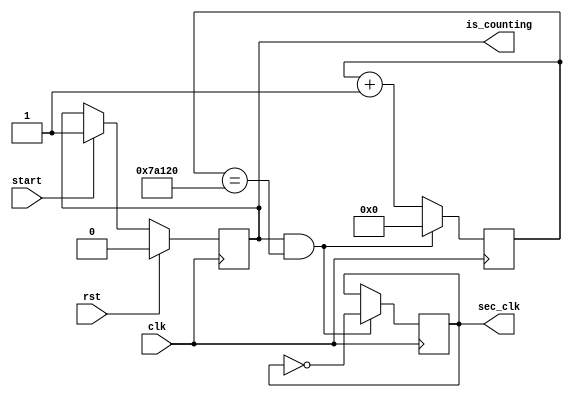
module controller_fsm 
  #(parameter             SIZE = 4)
 
  (input                 rst,
   input                 start,
   input                 clk,
	output                is_counting,
	output                sec_clk);

localparam COUNT_SIZE = 19;
	
reg                     is_counting_ff;
reg                     sec_clk_ff;
reg  [COUNT_SIZE-1:0]   count;
reg                     is_counting_nxt;

assign is_counting = is_counting_ff;
assign sec_clk = sec_clk_ff;

always @ (*)
begin
  if (rst) begin
    is_counting_nxt = 1'b0;
  end
  else if (start) begin     
    is_counting_nxt = 1'b1;
  end 
  else 
    is_counting_nxt = is_counting_ff;  
end
	
always @ (posedge clk)
  if (is_counting_ff && (count == 19'd500000)) begin
     count <= {SIZE{1'b0}};
	  is_counting_ff <= is_counting_nxt;
	  sec_clk_ff <= ~sec_clk_ff;
  end
  else begin
     count <= count + 1'b1;
     is_counting_ff <= is_counting_nxt;
	  sec_clk_ff <= sec_clk_ff;
  end
	 
endmodule